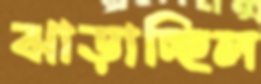
ঝাড়াচ্ছিল